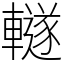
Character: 䡵